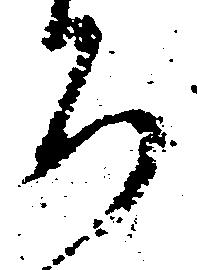
ち